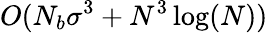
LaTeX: O(N_{b}\sigma^{3}+N^{3}\log(N))